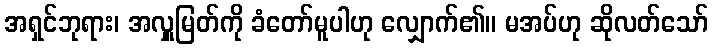
အရှင်ဘုရား၊ အလှူမြတ်ကို ခံတော်မူပါဟု လျှောက်၏။ မအပ်ဟု ဆိုလတ်သော်